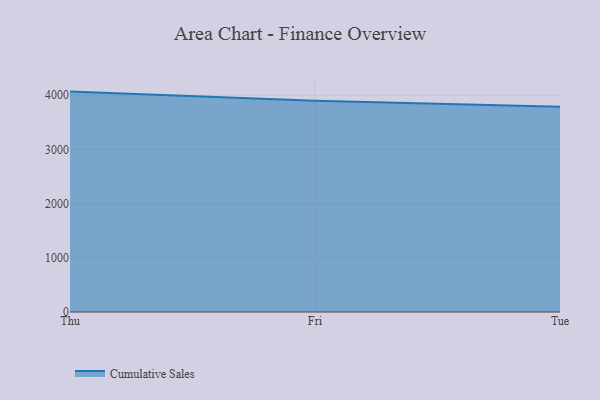
{"axis": {"x": "Day", "y": "Net Income (USD K)"}, "legend": ["Cumulative Sales"], "data": [{"x": "Thu", "y": 4068.0, "type": "Cumulative Sales"}, {"x": "Fri", "y": 3898.5, "type": "Cumulative Sales"}, {"x": "Tue", "y": 3788.5, "type": "Cumulative Sales"}]}